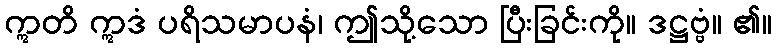
ဣတိ ဣဒံ ပရိသမာပနံ၊ ဤသို့သော ပြီးခြင်းကို။ ဒဋ္ဌဗ္ဗံ။ ၏။